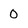
Character: 0